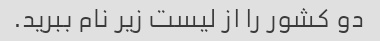
دو کشور را از لیست زیر نام ببرید.